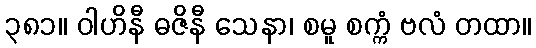
၃၈၁။ ဝါဟိနီ ဓဇိနီ သေနာ၊ စမူ စက္ကံ ဗလံ တထာ။